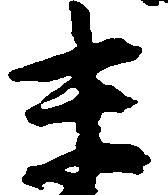
末